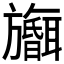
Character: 𪰅